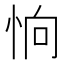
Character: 恦